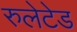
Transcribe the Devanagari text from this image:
रुलेटेड